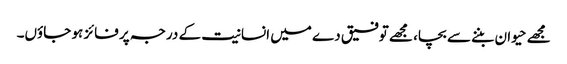
مجھے حیوان بننے سے بچا، مجھے توفیق دے میں انسانیت کے درجہ پر فائز ہو جاؤں۔